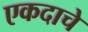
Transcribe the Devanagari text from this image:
एकदाचे